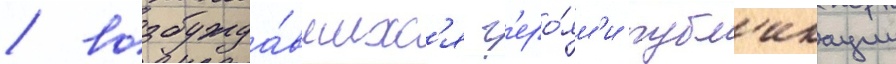
/ возбужда́вшихс'я г'еро́ям'и публ'икации